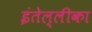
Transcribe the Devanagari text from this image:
इंतेल्लीका